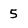
Character: 5